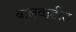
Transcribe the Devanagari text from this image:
बालवाडीत